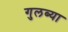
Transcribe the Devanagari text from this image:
गुलब्या